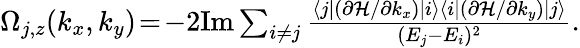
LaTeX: \begin{array}{r}{\Omega_{j,z}(k_{x},k_{y})\! =\! -2\mathrm{Im}\sum_{i\neq j}\frac{\langle j|(\partial{\cal H}/\partial k_{x})|i\rangle\langle i|(\partial{\cal H}/\partial k_{y})|j\rangle}{(E_{j}-E_{i})^{2}}.}\end{array}